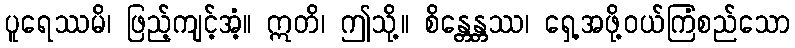
ပူရေဿမိ၊ ဖြည့်ကျင့်အံ့။ ဣတိ၊ ဤသို့။ စိန္တေန္တဿ၊ ရှေ့အဖို့ဝယ်ကြံစည်သော